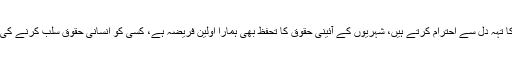
آئین سازی کے عمل کا تہہ دل سے احترام کرتے ہیں، شہریوں کے آئینی حقوق کا تحفظ بھی ہمارا اولین فریضہ ہے، کسی کو انسانی حقوق سلب کرنے کی اجازت نہیں دیں گے۔